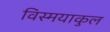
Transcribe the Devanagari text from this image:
विस्मयाकुल